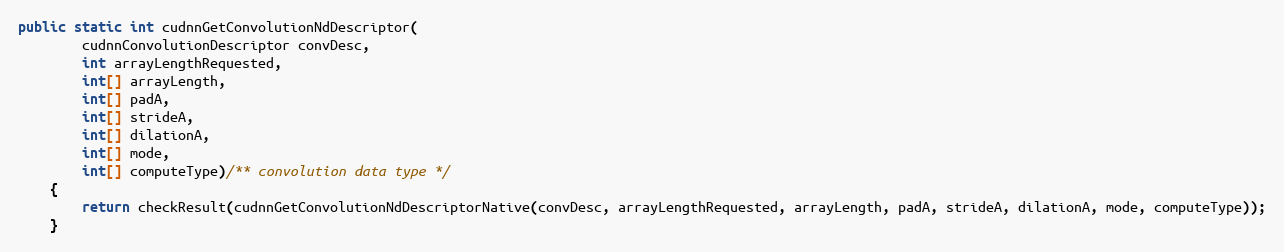
Language: Java
public static int cudnnGetConvolutionNdDescriptor(
        cudnnConvolutionDescriptor convDesc,
        int arrayLengthRequested,
        int[] arrayLength,
        int[] padA,
        int[] strideA,
        int[] dilationA,
        int[] mode,
        int[] computeType)/** convolution data type */
    {
        return checkResult(cudnnGetConvolutionNdDescriptorNative(convDesc, arrayLengthRequested, arrayLength, padA, strideA, dilationA, mode, computeType));
    }